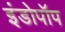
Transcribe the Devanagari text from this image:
इंडोपॉप